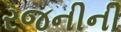
રજનીની